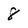
Character: 8